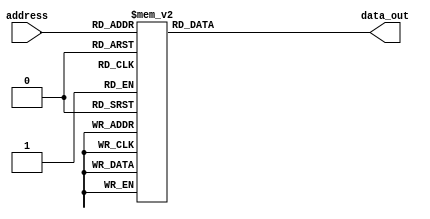
module LUT_CASE_64bits #(parameter W=64,N=4)
(
//Input Signals
input wire [N-1:0] address,
//Output Signals
output reg [W-1:0] data_out
);

always @(*) begin

   case (address)
          4'd0 : begin
          data_out =64'h3fe921fb54442d18;
          end
          4'd1 : begin
          data_out =64'h3fddac670561bb4f;
          end
          4'd2 : begin
          data_out =64'h3fcf5b75f92c80dd;
          end
          4'd3 : begin
          data_out =64'h3fbfd5ba9aac2f6e;
          end
          4'd4 : begin
          data_out =64'h3faff55bb72cfdea;
          end
          4'd5 : begin
          data_out =64'h3f9ffd55bba97625;
          end
          4'd6 : begin
          data_out =64'h3f8fff555bbb729b;
          end
          4'd7 : begin
          data_out =64'h3f7fffd555bbba97;
          end
          4'd8 : begin
          data_out =64'h3f6ffff5555bbbb7;
          end
          4'd9 : begin
          data_out =64'h3f5ffffd5555bbbc;
          end
          4'd10 : begin
          data_out =64'h3f4fffff55555bbc;
          end
          4'd11 : begin
          data_out =64'h3f3fffffd55555bc;
          end
          4'd12 : begin
          data_out =64'h3f2ffffff555555c;
          end
          4'd13 : begin
          data_out =64'h3f1ffffffd555556;
          end
          4'd14 : begin
          data_out =64'h3f0fffffff555555;
          end
          4'd15 : begin
          data_out =64'h3effffffffd55555;
          end
          default: begin
          data_out =64'h3fe921fb54442d18;
          end
   endcase

end

endmodule